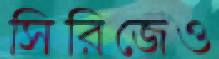
সিরিজেও